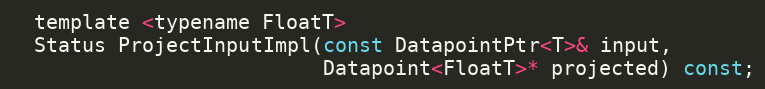
Language: C
  template <typename FloatT>
  Status ProjectInputImpl(const DatapointPtr<T>& input,
                          Datapoint<FloatT>* projected) const;